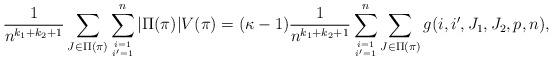
LaTeX: \begin{align*}\frac{1}{n^{k_1+k_2+1}} \sum_{J \in \Pi(\pi)} \sum_{i=1 \atop i^\prime=1}^{n} |\Pi(\pi)| V(\pi) &=(\kappa-1)\frac{1}{n^{k_1+k_2+1}} \sum_{i=1 \atop i^\prime=1}^{n}\sum_{J \in \Pi(\pi)} g(i,i^\prime,J_1,J_2,p,n),\end{align*}